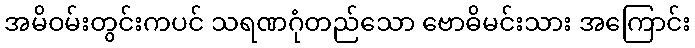
အမိဝမ်းတွင်းကပင် သရဏဂုံတည်သော ဗောဓိမင်းသား အကြောင်း